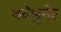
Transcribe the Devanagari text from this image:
क्वेश्चनेर